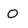
Character: O